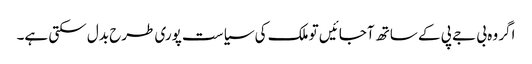
اگر وہ بی جے پی کے ساتھ آجائیں تو ملک کی سیاست پوری طرح بدل سکتی ہے۔